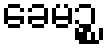
ခေမဉ္စ